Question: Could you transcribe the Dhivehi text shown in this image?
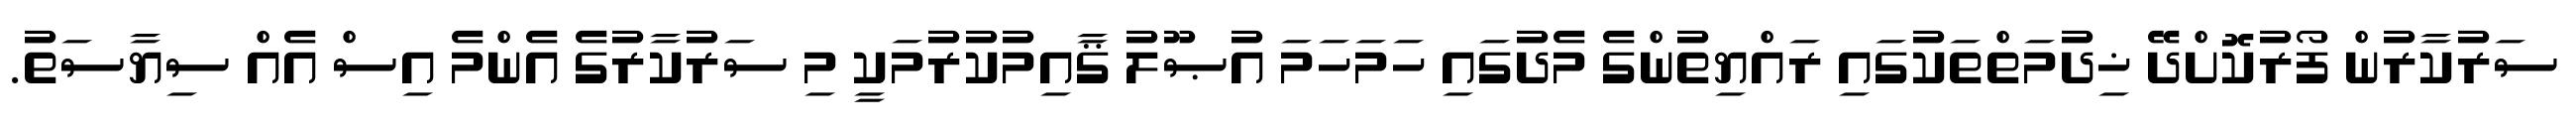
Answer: ސަރުކާރުން ފޯރުކޮށްދޭ ޚިދުމަތްތަކުގައި ރައްޔިތުންގެ މެދުގައި ހަމަހަމަ އުޞޫލު ޤާއިމުކުރުމަކީ މި ސަރުކާރުގެ އެންމެ އިސް އެއް ސިޔާސަތު.